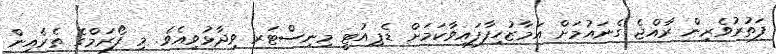
ފަތުރުވެރިން ރާއްޖެ ގެނައުމަށް އަމާޒުހިފާފައިވާކަމަށް ޑެޕިއުޓީ މިނިސްޓަރ ވިދާޅުވިއެވެ. މި ފޯރަމްގެ ތެރެއިން